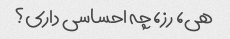
هی، رز، چه احساسی داری؟